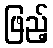
ဖြည့်